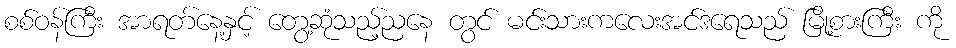
စစ်ဝန်ကြီး အာရတ်နေ့နှင့် တွေ့ဆုံသည့်ညနေ တွင် မင်းသားကလေးအင်ဒရေသည် မြို့စားကြီး ကို